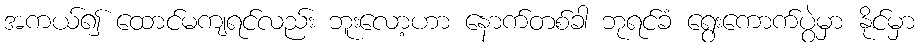
အကယ်၍ ထောင်မကျရင်လည်း ဘူးလော့ဟာ နောက်တစ်ခါ ဘုရင်ခံ ရွေးကောက်ပွဲမှာ နိုင်မှာ